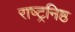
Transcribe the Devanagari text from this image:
राष्ट्रनिष्ठ